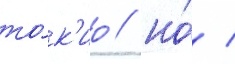
то́к'ио / но́ /